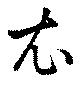
衣